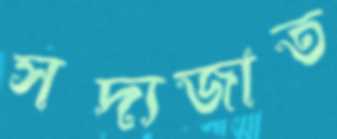
সদ্যজাত